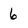
Character: 6